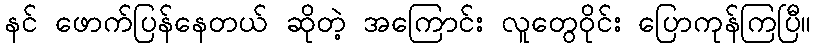
နင် ဖောက်ပြန်နေတယ် ဆိုတဲ့ အကြောင်း လူတွေဝိုင်း ပြောကုန်ကြပြီ။